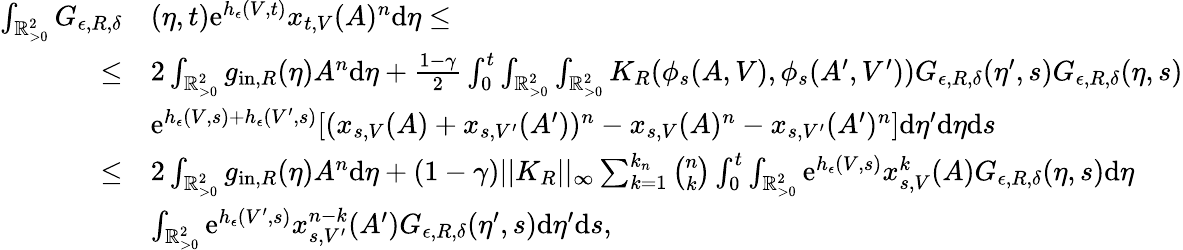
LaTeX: \begin{array}{rl}{\int_{\mathbb{R}_{>0}^{2}}G_{\epsilon,R,\delta}}&{(\eta,t)\textup{e}^{h_{\epsilon}(V,t)}x_{t,V}(A)^{n}\textup{d}\eta\leq}\\ {\leq}&{2\int_{\mathbb{R}_{>0}^{2}}g_{\textup{in},R}(\eta)A^{n}\textup{d}\eta+\frac{1-\gamma}{2}\int_{0}^{t}\int_{\mathbb{R}_{>0}^{2}}\int_{\mathbb{R}_{>0}^{2}}K_{R}(\phi_{s}(A,V),\phi_{s}(A^{\prime},V^{\prime}))G_{\epsilon,R,\delta}(\eta^{\prime},s)G_{\epsilon,R,\delta}(\eta,s)}\\ &{\textup{e}^{h_{\epsilon}(V,s)+h_{\epsilon}(V^{\prime},s)}[(x_{s,V}(A)+x_{s,V^{\prime}}(A^{\prime}))^{n}-x_{s,V}(A)^{n}-x_{s,V^{\prime}}(A^{\prime})^{n}]\textup{d}\eta^{\prime}\textup{d}\eta\textup{d}s}\\ {\leq}&{2\int_{\mathbb{R}_{>0}^{2}}g_{\textup{in},R}(\eta)A^{n}\textup{d}\eta+(1-\gamma)||K_{R}||_{\infty}\sum_{k=1}^{k_{n}}\binom{n}{k}\int_{0}^{t}\int_{\mathbb{R}_{>0}^{2}}\textup{e}^{h_{\epsilon}(V,s)}x_{s,V}^{k}(A)G_{\epsilon,R,\delta}(\eta,s)\textup{d}\eta}\\ &{\int_{\mathbb{R}_{>0}^{2}}\textup{e}^{h_{\epsilon}(V^{\prime},s)}x_{s,V^{\prime}}^{n-k}(A^{\prime})G_{\epsilon,R,\delta}(\eta^{\prime},s)\textup{d}\eta^{\prime}\textup{d}s,}\end{array}